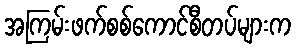
အကြမ်းဖက်စစ်ကောင်စီတပ်များက